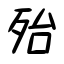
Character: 殆